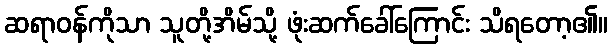
ဆရာဝန်ကိုသာ သူတို့အိမ်သို့ ဖုံးဆက်ခေါ်ကြောင်း သိရတော့၏။